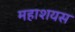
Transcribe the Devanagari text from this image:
महाशयस